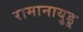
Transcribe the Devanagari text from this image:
रामानायुडू